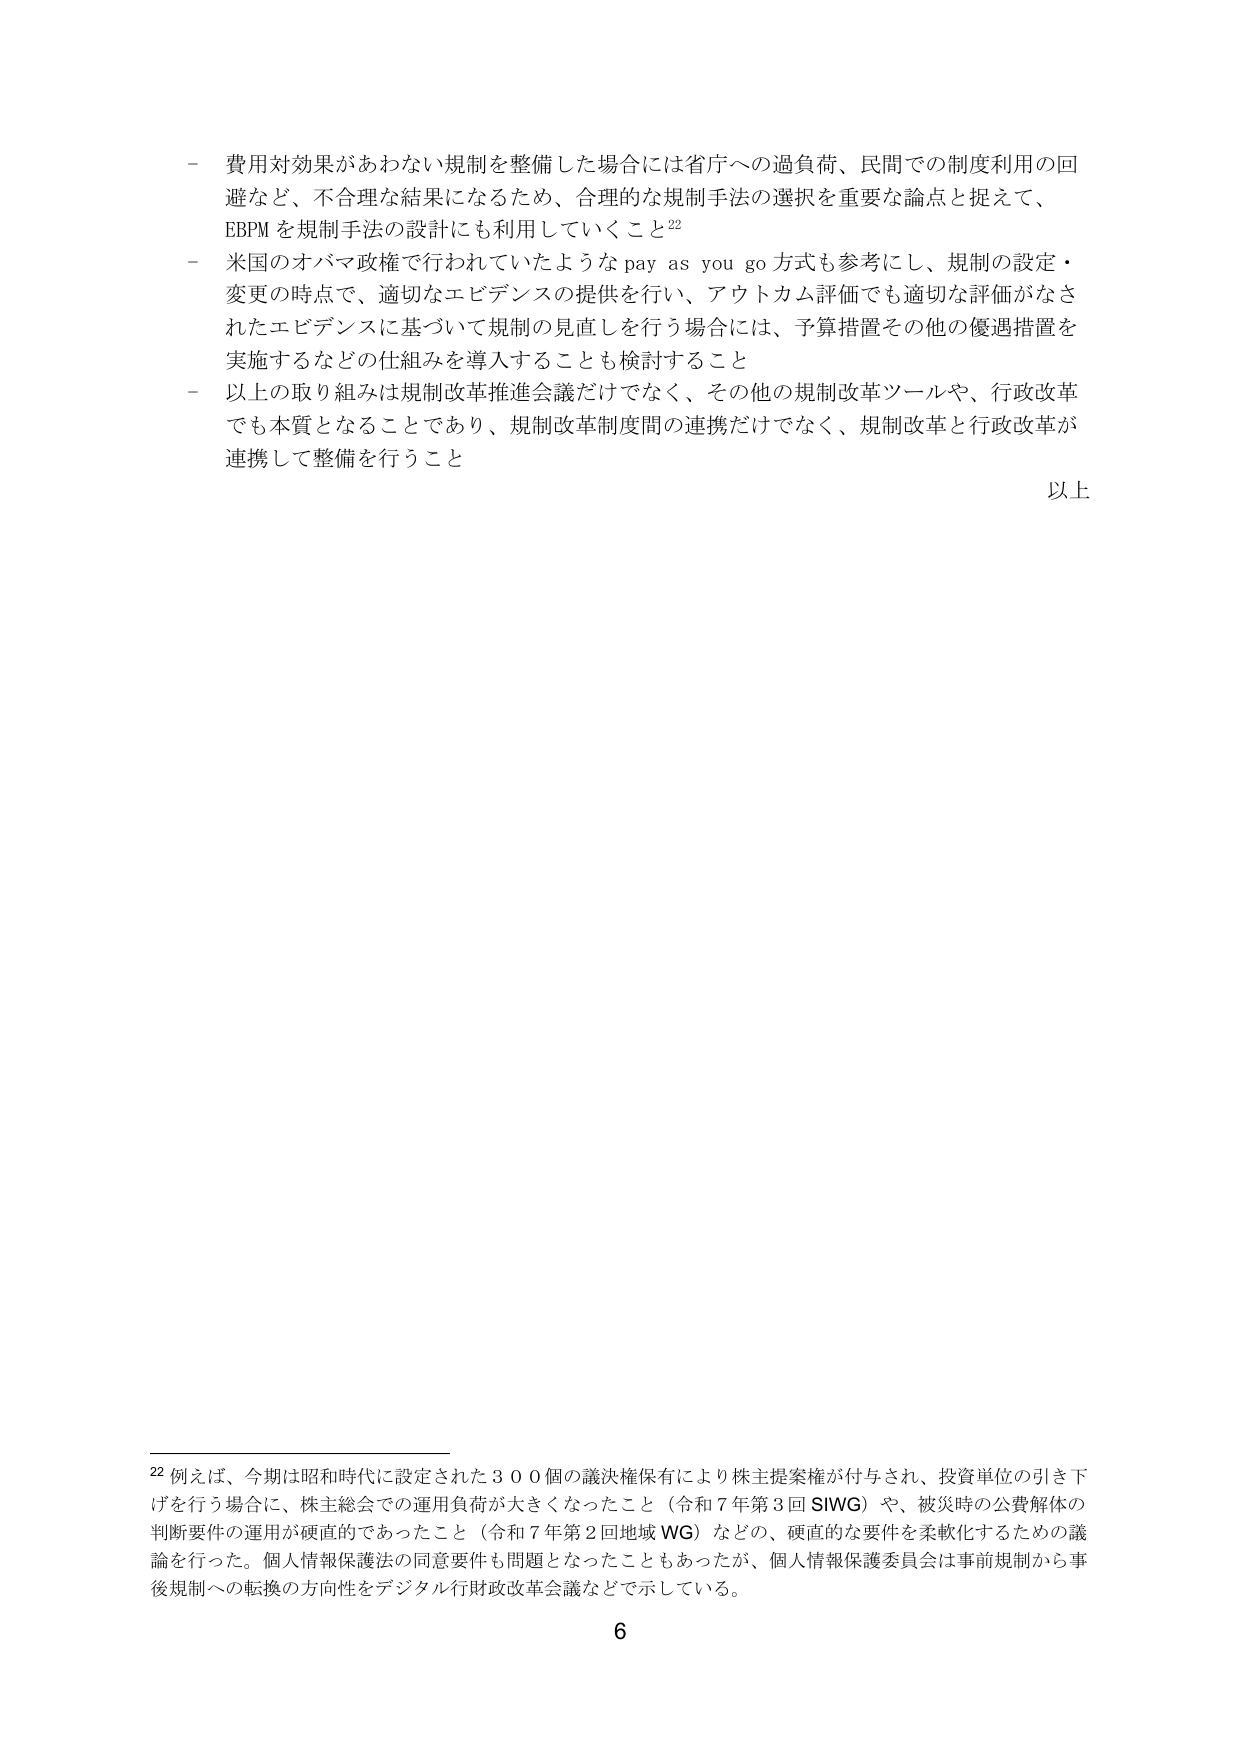
- 費用対効果があわない規制を整備した場合には省庁への過負荷、民間での制度利用の回避など、不合理な結果になるため、合理的な規制手法の選択を重要な論点と捉えて、EBPMを規制手法の設計にも利用していくこと²²
- 米国のオバマ政権で行われていたようなpay as you go方式も参考にし、規制の設定・変更の時点で、適切なエビデンスの提供を行い、アウトカム評価でも適切な評価がなされたエビデンスに基づいて規制の見直しを行う場合には、予算措置その他の優遇措置を実施するなどの仕組みを導入することも検討すること
- 以上の取り組みは規制改革推進会議だけでなく、その他の規制改革ツールや、行政改革でも本質となることであり、規制改革制度間の連携だけでなく、規制改革と行政改革が連携して整備を行うこと

以上

²² 例えば、今期は昭和時代に設定された３００個の議決権保有により株主提案権が付与され、投資単位の引き下げを行う場合に、株主総会での運用負荷が大きくなったこと（令和７年第３回SIWG）や、被災時の公費解体の判断要件の運用が硬直的であったこと（令和７年第２回地域WG）などの、硬直的な要件を柔軟化するための議論を行った。個人情報保護法の同意要件も問題となったこともあったが、個人情報保護委員会は事前規制から事後規制への転換の方向性をデジタル行財政改革会議などで示している。

6